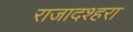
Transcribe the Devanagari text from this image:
राजादश्हरा